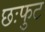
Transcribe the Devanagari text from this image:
छःफुट